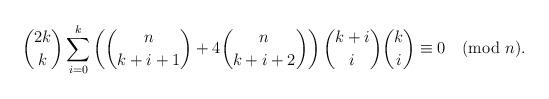
LaTeX: \begin{align*}{2k\choose k}\sum_{i=0}^k \left({n\choose k+i+1}+4{n\choose k+i+2}\right){k+i\choose i}{k\choose i}\equiv 0\pmod{n}. \end{align*}